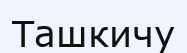
Ташкичу